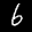
Label: 6